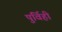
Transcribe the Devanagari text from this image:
पुर्विही